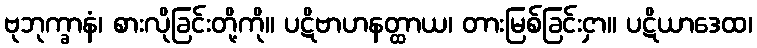
ဗုဘုက္ခာနံ၊ စားလိုခြင်းတို့ကို။ ပဋိဗာဟနတ္ထာယ၊ တားမြစ်ခြင်းငှာ။ ပဋိယာဒေထ၊